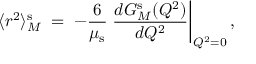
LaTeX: \langle r ^ { 2 } \rangle _ { M } ^ { \mathrm { s } } \; = \; - \frac { 6 } { \mu _ { \mathrm { s } } } \left. \frac { d G _ { M } ^ { \mathrm { s } } ( Q ^ { 2 } ) } { d Q ^ { 2 } } \right| _ { Q ^ { 2 } = 0 } ,